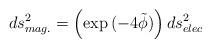
LaTeX: \begin{align*}ds^{2}_{mag.} = \left ( \exp{(-4\tilde \phi)}\right ) ds^{2}_{elec}\end{align*}